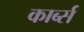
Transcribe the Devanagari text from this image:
कार्ब्स